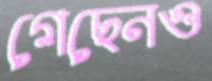
গেছেনও